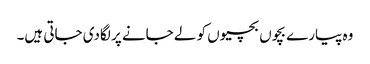
وہ پیارے بچوں بچیوں کو لے جانے پر لگادی جاتی ہیں۔